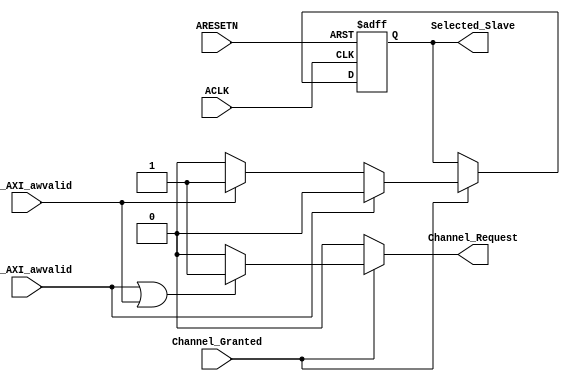
module Write_Arbiter #(parameter Slaves_Num='d2, Slaves_ID_Size=$clog2(Slaves_Num)
                                
)
(
    input  wire   ACLK           ,
    input  wire   ARESETN        ,
    input  wire   S00_AXI_awvalid,
    input  wire   S01_AXI_awvalid,
    input  wire   Channel_Granted,
    output reg    Channel_Request,
    output reg  [Slaves_ID_Size-1:0]   Selected_Slave

);
 reg [Slaves_ID_Size-1:0]   Slave;
 reg Request;

    always @(*) begin
        if (!Channel_Granted) begin
            Channel_Request='b0;
        end else if ((S00_AXI_awvalid || S01_AXI_awvalid) ) begin
            Channel_Request='b1;
       end else begin
            Channel_Request='b0;
       end
    end


    always @(*) begin
        if (S00_AXI_awvalid) begin
            Slave='b0;
        end else if (S01_AXI_awvalid) begin
            Slave='b1;
        end else begin
            Slave='b0;
        end
    end

    

    always @(posedge ACLK or negedge ARESETN ) begin
        if (!ARESETN) begin
            Selected_Slave<='b0;
        end else if(Channel_Granted) begin
            Selected_Slave<=Slave;
        end
    end
endmodule